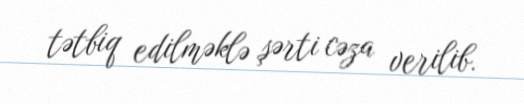
tətbiq edilməklə şərti cəza verilib.